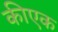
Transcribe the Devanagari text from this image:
कीएक